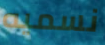
نسميه